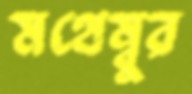
মথেম্বুর